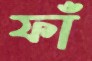
ফাঁ